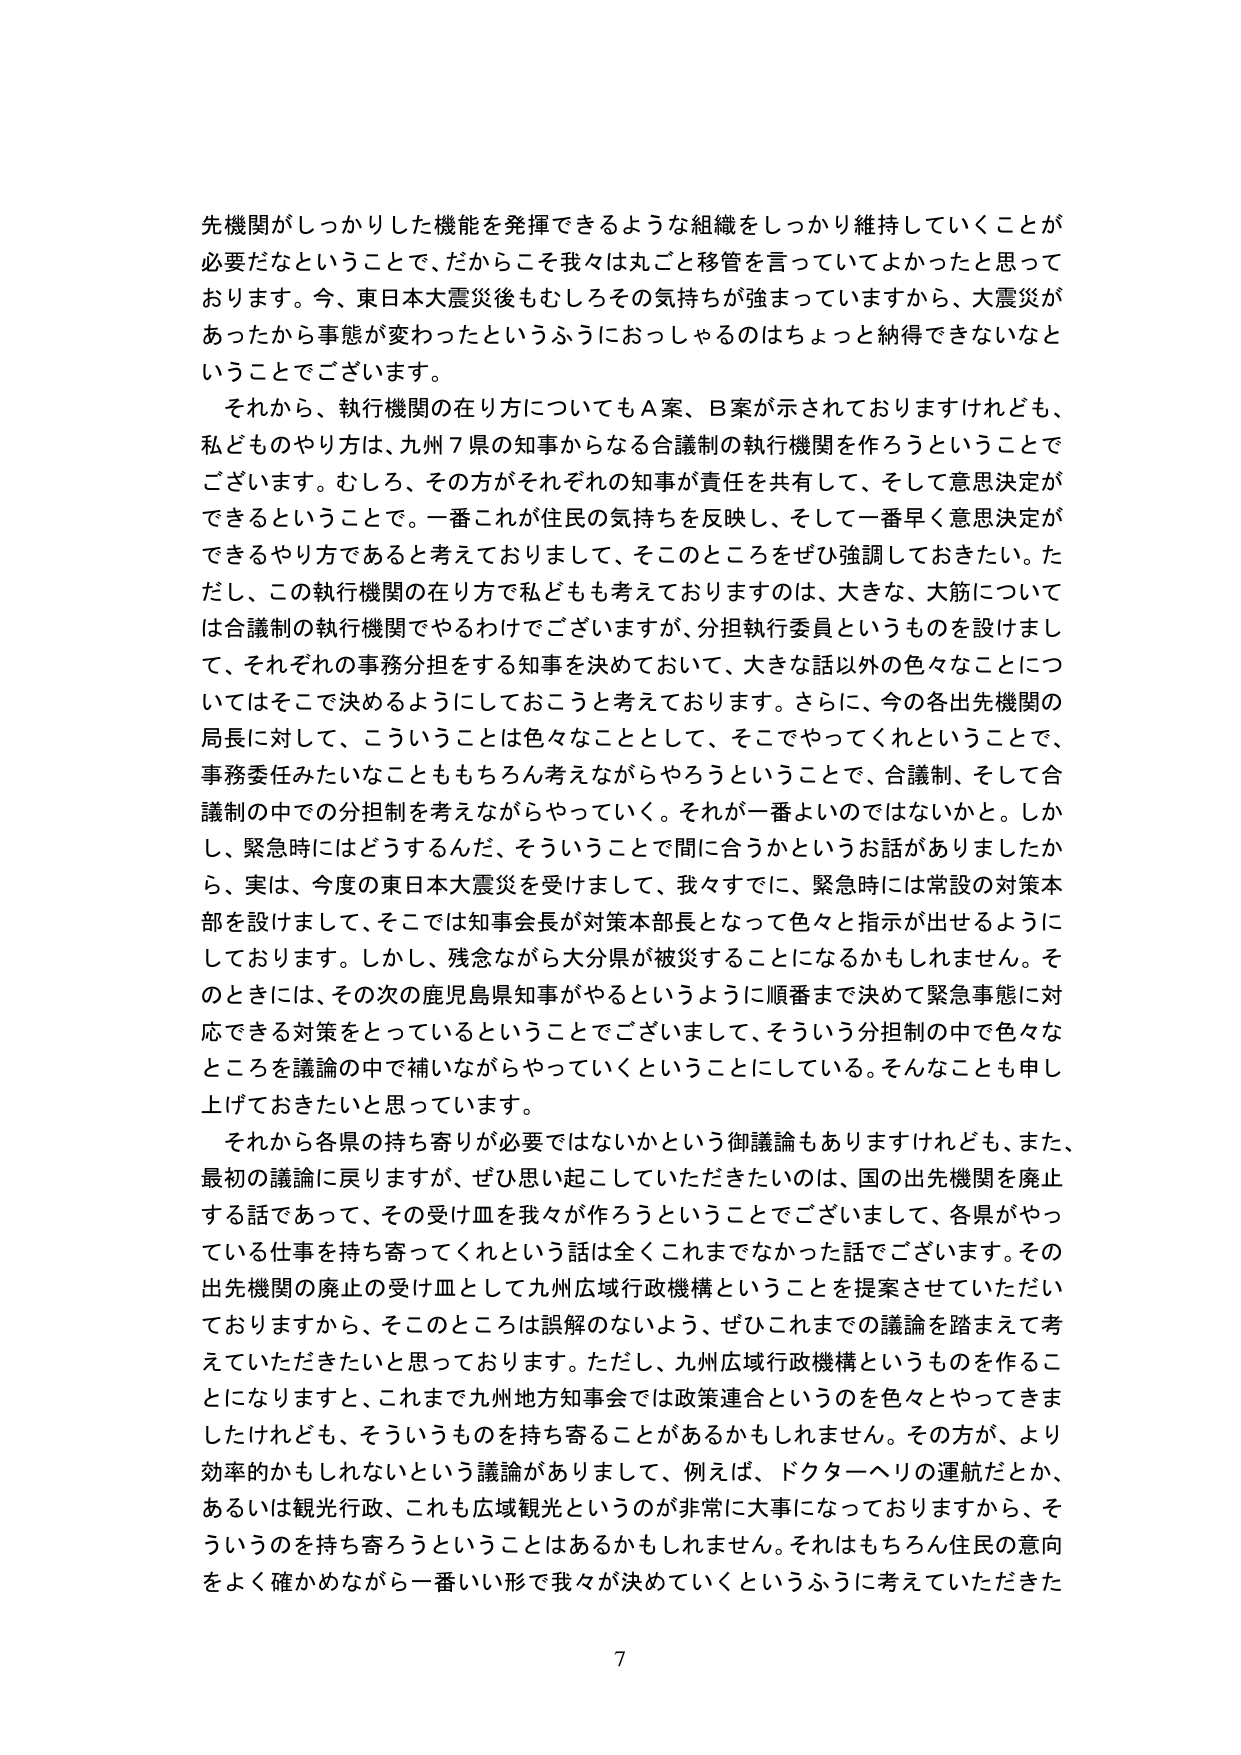
先機関がしっかりした機能を発揮できるような組織をしっかり維持していくことが必要だなということで、だからこそ我々は丸ごと移管を言っていてよかったと思っております。今、東日本大震災後もむしろその気持ちが強まっていますから、大震災があったから事態が変わったというふうにおっしゃるのはちょっと納得できないなということでございます。

それから、執行機関の在り方についてもＡ案、Ｂ案が示されておりますけれども、私どものやり方は、九州７県の知事からなる合議制の執行機関を作ろうということでございます。むしろ、その方がそれぞれの知事が責任を共有して、そして意思決定ができるということで。一番これが住民の気持ちを反映し、そして一番早く意思決定ができるやり方であると考えておりまして、そこのところをぜひ強調しておきたい。ただし、この執行機関の在り方で私どもも考えておりますのは、大きな、大筋については合議制の執行機関でやるわけでございますが、分担執行委員というものを設けまして、それぞれの事務分担をする知事を決めておいて、大きな話以外の色々なことについてはそこで決めるようにしておこうと考えております。さらに、今の各出先機関の局長に対して、こういうことは色々なこととして、そこでやってくれということで、事務委任みたいなことももちろん考えながらやろうということで、合議制、そして合議制の中での分担制を考えながらやっていく。それが一番よいのではないかと。しかし、緊急時にはどうするんだ、そういうことで間に合うかというお話がありましたか、ら、実は、今度の東日本大震災を受けまして、我々すでに、緊急時には常設の対策本部を設けまして、そこでは知事会長が対策本部長となって色々と指示が出せるようにしております。しかし、残念ながら大分県が被災することになるかもしれません。そのときには、その次の鹿児島県知事がやるというように順番まで決めて緊急事態に対応できる対策をとっているということでございまして、そういう分担制の中で色々なところを議論の中で補いながらやっていくということにしている。そんなことも申し上げておきたいと思っています。

それから各県の持ち寄りが必要ではないかという御議論もありますけれども、また、最初の議論に戻りますが、ぜひ思い起こしていただきたいのは、国の出先機関を廃止する話であって、その受け皿を我々が作ろうということでございまして、各県がやっている仕事を持ち寄ってくれという話は全くこれまでなかった話でございます。その出先機関の廃止の受け皿として九州広域行政機構ということを提案させていただいておりますから、そこのところは誤解のないよう、ぜひこれまでの議論を踏まえて考えていただきたいと思っております。ただし、九州広域行政機構というものを作ることになりますと、これまで九州地方知事会では政策連合というのを色々とやってきましたけれども、そういうものを持ち寄ることがあるかもしれません。その方が、より効率的かもしれないという議論がありまして、例えば、ドクターヘリの運航だとか、あるいは観光行政、これも広域観光というのが非常に大事になっておりますから、そういうのを持ち寄ろうということはあるかもしれません。それはもちろん住民の意向をよく確かめながら一番いい形で我々が決めていくというふうに考えていただきた

7